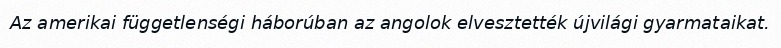
Az amerikai függetlenségi háborúban az angolok elvesztették újvilági gyarmataikat.